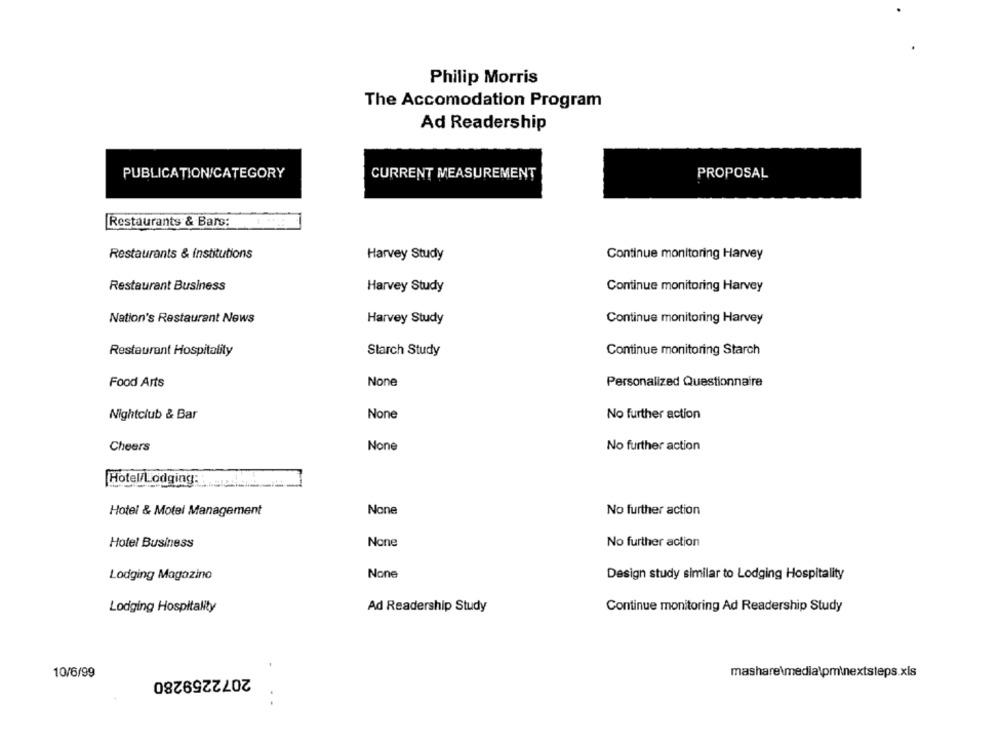
Philip Morris
The Accomodation Program
Ad Readership
PUBLICATION/CATEGORY
CURRENT MEASUREMENT
PROPOSAL
Restaurants & Bars:
Restaurants & institutions
Harvey Study
Continue monitoring Harvey
Restaurant Business
Harvey Study
Continue monitoring Harvey
Nation's Restaurant News
Harvey Study
Continue monitoring Harvey
Restaurant Hospitality
Starch Study
Continue monitoring Starch
Food Arts
Personalized Questionnaire
Nightclub & Bar
No further action
No further action
Cheers
Hotel/Lodging:
Hotel & Motel Management
No further action
Hotel Business
No further action
Lodging Magazino
Design study similar to Lodging Hospitality
Lodging Hospitality
Ad Readership Study
Continue monitoring Ad Readership Study
10/6/99
2072259280
mashare\media\pminextsteps.xls